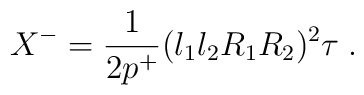
X^{-}=\frac{1}{2p^{+}}(l_{1}l_{2}R_{1}R_{2})^{2}\tau \;.